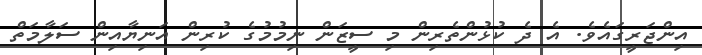
އިންޖަރީގައެވެ. އެ ދެ ކުޅުންތެރިން މި ސީޒަން ނިމުމުގެ ކުރިން އަނިޔާއިން ސަލާމަތް